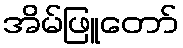
အိမ်ဖြူတော်